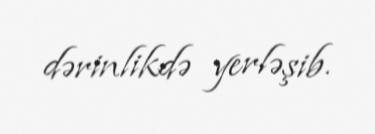
dərinlikdə yerləşib.